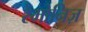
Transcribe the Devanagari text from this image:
रेमोनिज़